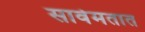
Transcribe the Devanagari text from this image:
सार्वमतात